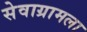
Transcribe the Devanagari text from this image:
सेवाग्रामला